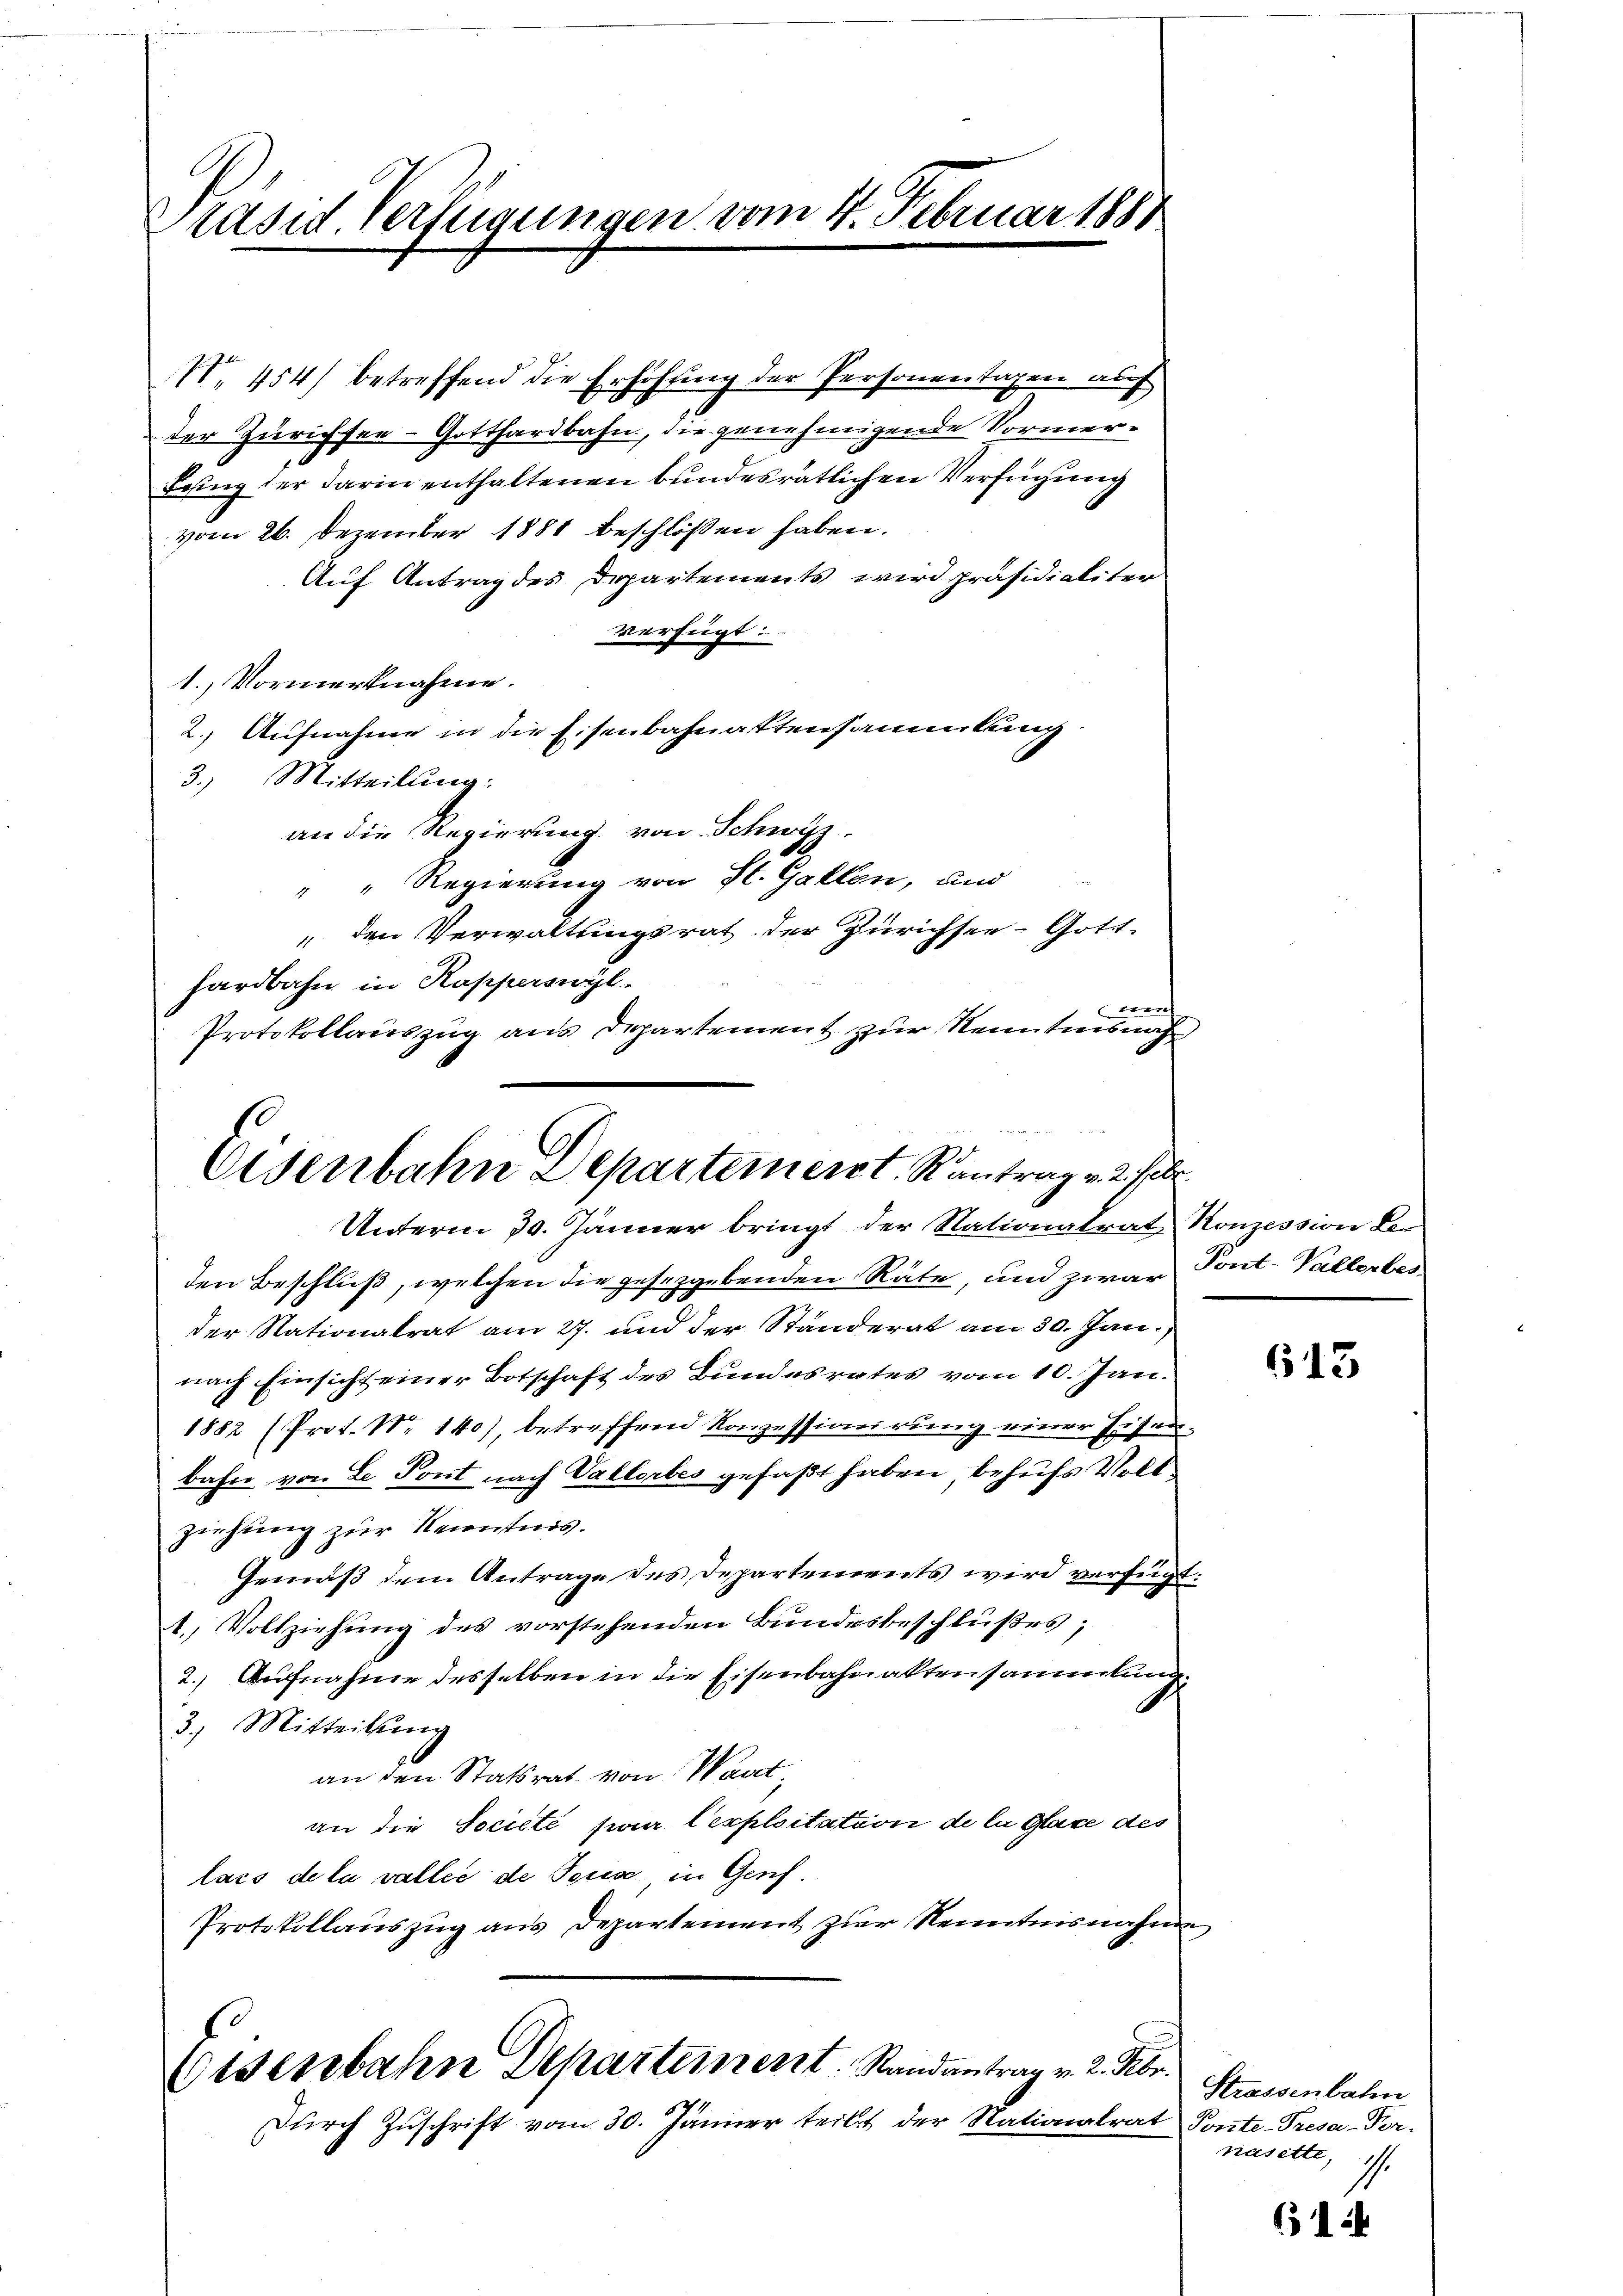
Präsid. Verfügungen vom 4. Februar 1881

N. 454) betreffend die Erhöhung der Personentagen auf
der Zürichsee-Gotthardbahn, die genehmigende Vormer¬
Lesing der darin enthaltenen bundesrätlichen Verfügung
vom 26. Dezember 1881 beschlossen haben.
Auf Antrag des Departements wird präsidialiter
verzeigt
1. Vormerknahme.
2.) Aufnahme in die Eisenbahnaktensammlung
3.) Mitteilung:
an die Regierung von Schwitz
" " Regierung von St. Gallen, und
" den Verwaltungsrat der Zürichsee - Gott.
hardbahn in Kapperswyl
er noch
Protokollauszug aus Departement zur Kenntnisnah¬

Osenbahn Departement. Kantrag v. 2.
Unterm 30. Jänner bringt der Nationalrat Konzession de

Durch Zuschrift vom 30. Jänner teilt der Nationalrat

den Beschluß, welchen die gesetzgebenden Räte, und zwar Pont-Vallerbes
der Nationalrat am 27. und der Standerat am 30. Jan.
nach Einsicht einer Botschaft des Bundesrates vom 10. Jan.
1882 (Prot. Nr. 140), betreffend Konzessianirung einer Eisenbahn von L. Pont nach Vallorbes gefaßt haben behufs Vollziehung zur Kenntnis.
Gemäß dem Antrage des Departements wird verfügt:
1.) Vollziehung des vorstehenden Bundesbeschlußes;
2.) Aufnahme desselben in die Eisenbahnaktensammlung
3.) Mitteilŭng
an den Statsrat von Waadt,
an die Societe paar Cexploitation de le Glace des
lass de la vallee de Teuse, in Genf.
Protokollauszug aus Departement zur Kenntnisnahme,

Eisenbahn Departement. Randantrag v. 2. Febr.

613

Strassenbahn
t Ponte-Tresar-Per.
nasette,

61